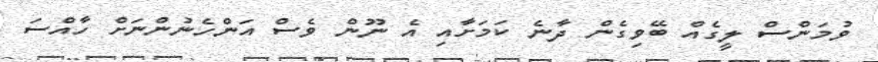
ވުމަންސް ލީގެއް ބޭވިގެން ދާނެ ކަމަށާއި އެ ނޫން ވެސް އަންހެނުންނަށް ހާއްސަ